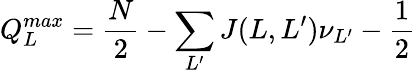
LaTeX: Q_{L}^{max}=\frac{N}{2}-\sum_{L^{\prime}}J(L,L^{\prime})\nu_{L^{\prime}}-\frac{1}{2}